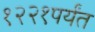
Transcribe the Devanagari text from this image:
१२२१पर्यंत